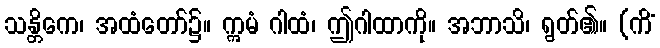
သန္တိကေ၊ အထံတော်၌။ ဣမံ ဂါထံ၊ ဤဂါထာကို။ အဘာသိ၊ ရွတ်၏။ (ကိံ